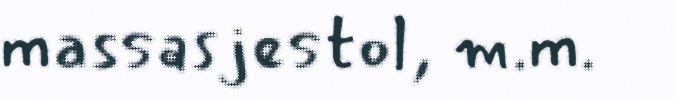
massasjestol, m.m.